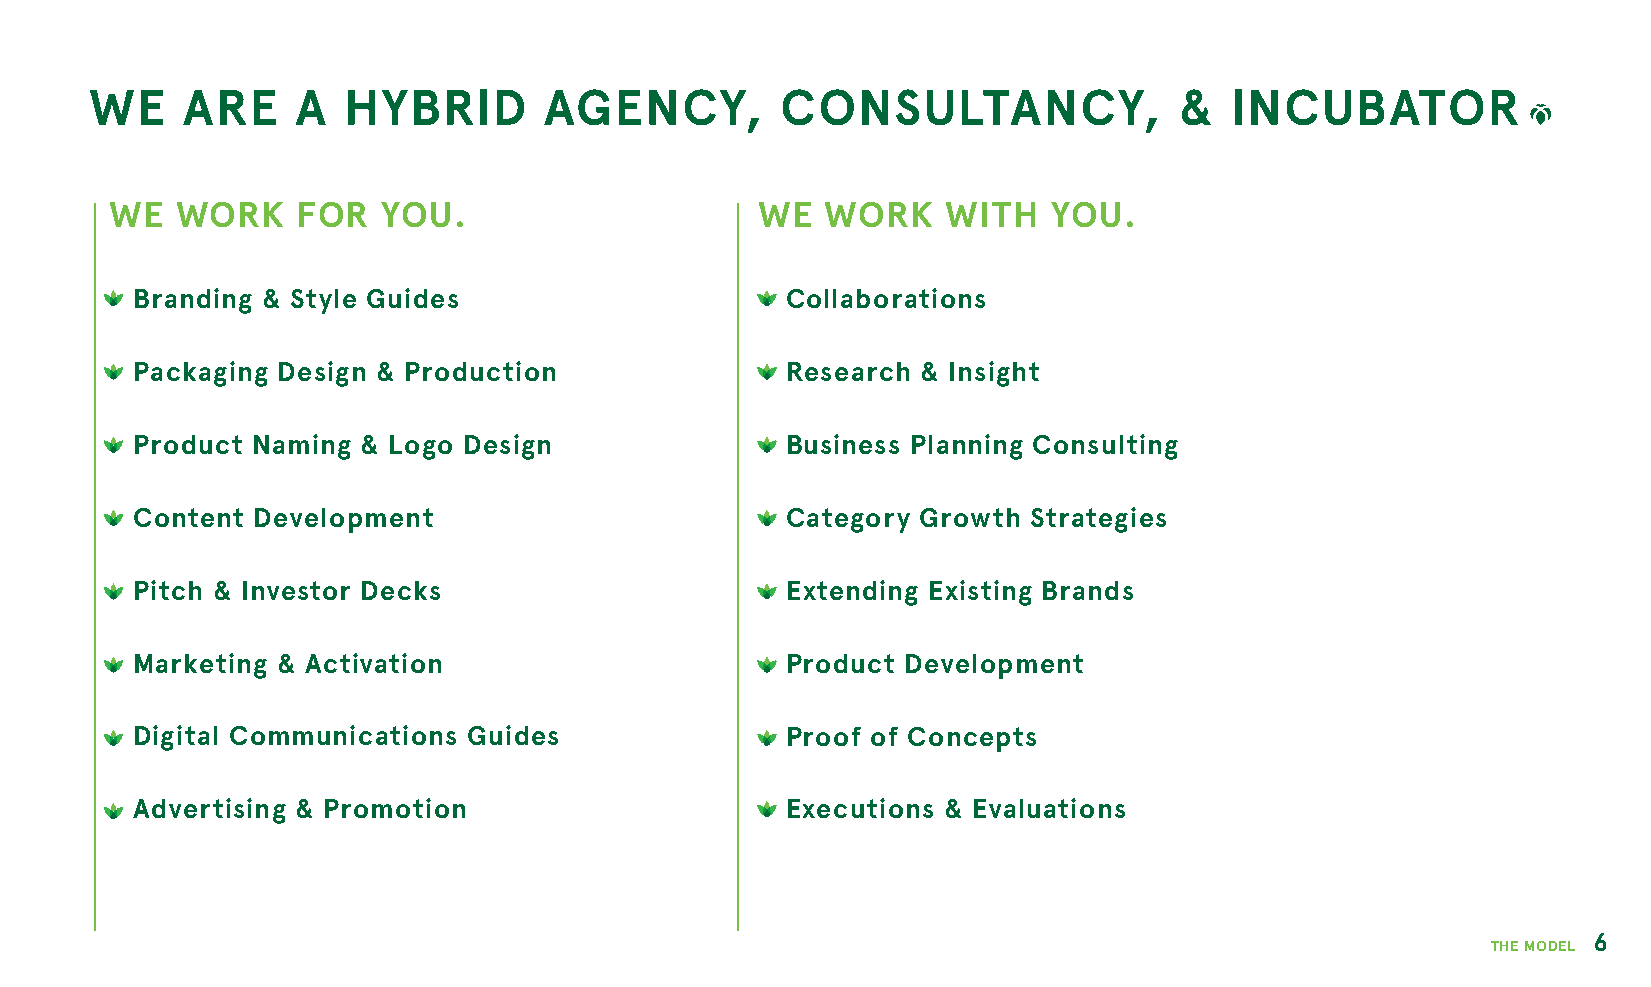
WE    ARE     A  HYBRID       AGENCY,         CONSULTANCY,              &  INCUBATOR
 WE   WORK    FOR  YOU.                     WE   WORK    WITH   YOU.
 Branding & Style Guides                    Collaborations
 Packaging Design & Production              Research & Insight
 Product Naming & Logo Design               Business Planning Consulting
 Content Development                        Category Growth Strategies
 Pitch & Investor Decks                     Extending Existing Brands
 Marketing & Activation                     Product Development
 Digital Communications Guides              Proof of Concepts
 Advertising & Promotion                    Executions & Evaluations
 6
 THE MODEL